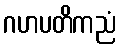
ဂဟပတိကညံ